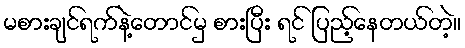
မစားချင်ရက်နဲ့တောင်မှ စားပြီး ရင် ပြည့်နေတယ်တဲ့။